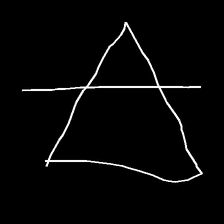
Glyph: empower